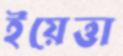
ইয়েত্তা